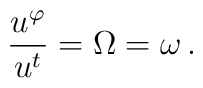
\frac{u^\varphi }{u^t}=\Omega =\omega \,.